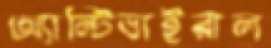
অ্যান্টিভাইরাল